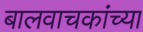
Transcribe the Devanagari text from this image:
बालवाचकांच्या